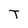
Character: T